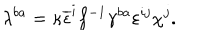
\lambda ^ { b a } = \kappa \overline { { { \epsilon } } } ^ { i } f ^ { - 1 } \gamma ^ { b a } \varepsilon ^ { i j } \chi ^ { j } .